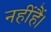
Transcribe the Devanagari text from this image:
नहींहैं।